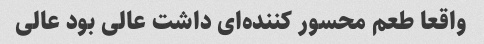
واقعا طعم محسور کننده‌ای داشت عالی بود عالی